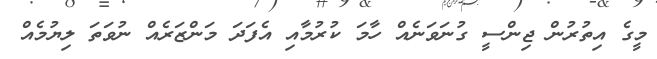
މީގެ އިތުރުން ޖިންސީ ގުނަވަނެއް ހާމަ ކުރުމާއި އެފަދަ މަންޒަރެއް ނުވަތަ ލިޔުމެއް